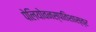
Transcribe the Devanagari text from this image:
पेलियोवनस्पतिशास्त्र